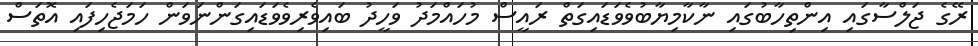
ރޭގެ ޖަލްސާގައި އިންތިހާބުގައި ނާކާމިޔާބުވެވަޑައިގަތް ރައީސް މުހައްމަދު ވަހީދު ބައިވެރިވެވަޑައިގަންނަވަން ހަމަޖެހިފައި އޮތަސް